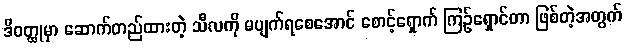
ဒီဝတ္ထုမှာ ဆောက်တည်ထားတဲ့ သီလကို မပျက်ရစေအောင် စောင့်ရှောက် ကြဉ်ရှောင်တာ ဖြစ်တဲ့အတွက်